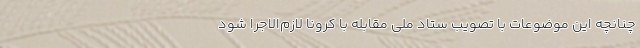
چنانچه این موضوعات با تصویب ستاد ملی مقابله با کرونا لازم‌الاجرا شود